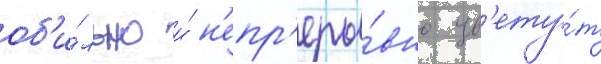
об'и́льно и́ н'епр'еры́вно цв'ету́т